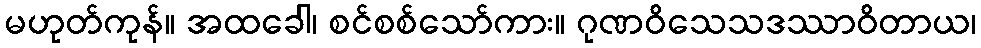
မဟုတ်ကုန်။ အထခေါ၊ စင်စစ်သော်ကား။ ဂုဏဝိသေသဒဿာဝိတာယ၊